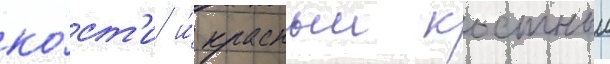
ко́ст'и и́ красныи костныи